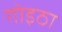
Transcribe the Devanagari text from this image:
गोइठा